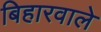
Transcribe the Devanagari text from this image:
बिहारवाले